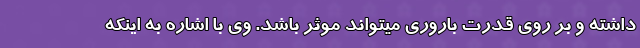
داشته و بر روی قدرت باروری میتواند موثر باشد. وی با اشاره به اینکه